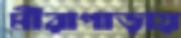
মীরাপাড়ায়